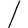
Character: l